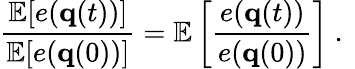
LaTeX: \frac{\mathbb{E}[e({\mathbf q}(t))]}{\mathbb{E}[e({\mathbf q}(0))]}=\mathbb{E}\left[\frac{e({\mathbf q}(t))}{e({\mathbf q}(0))}\right]\mathrm{~.~}